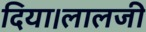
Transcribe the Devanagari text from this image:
दिया।लालजी